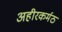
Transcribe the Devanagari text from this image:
अहीरकर्मठ